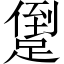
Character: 𨃫